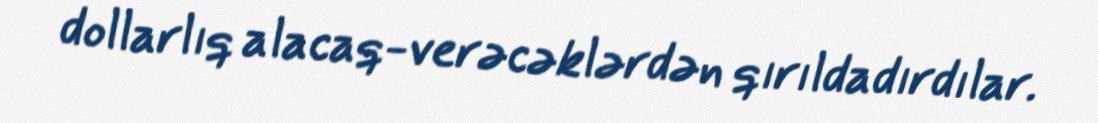
dollarlıq alacaq-verəcəklərdən qırıldadırdılar.